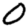
Digit: 0